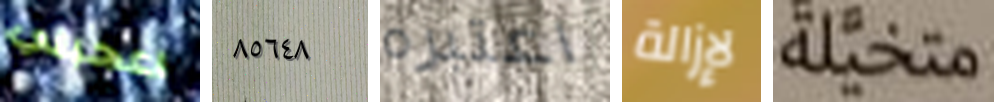
اعجبني ٨٥٦٤٨ اعتبره لإزالة متخيلة